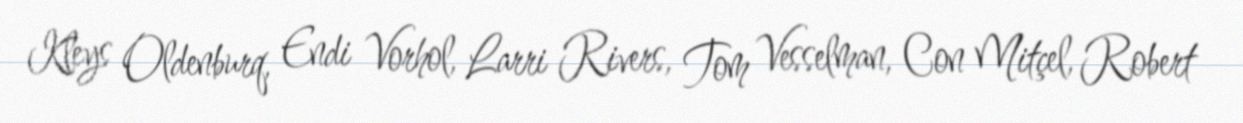
Kleys Oldenburq, Endi Vorhol, Larri Rivers, Tom Vesselman, Con Mitçel, Robert